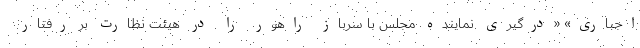
اجباری» «درگیری نماینده مجلس با سرباز راهور را در هیئت نظارت بر رفتار